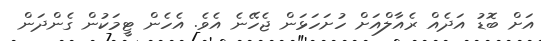
އަށް ބޮޑު އަަދެއް ރެއާލްއަށް ހުށަހަޅަން ޖެހޭނެ އެވެ. އެހެން ޓީމަކުން ގެންދަން